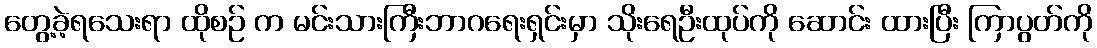
တွေ့ခဲ့ရသေးရာ ထိုစဉ် က မင်းသားကြီးဘာဂရေးရှင်းမှာ သိုးရေဦးထုပ်ကို ဆောင်း ထားပြီး ကြာပွတ်ကို